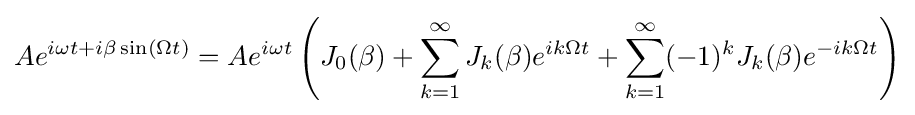
Ae^{i\omega t+i\beta \sin(\Omega t)}=Ae^{i\omega t}\left(J_{0}(\beta )+\sum _{k=1}^{\infty }J_{k}(\beta )e^{ik\Omega t}+\sum _{k=1}^{\infty }(-1)^{k}J_{k}(\beta )e^{-ik\Omega t}\right)